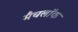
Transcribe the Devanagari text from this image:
मैचलॉक